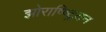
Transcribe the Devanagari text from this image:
झोराष्ष्ट्रियन